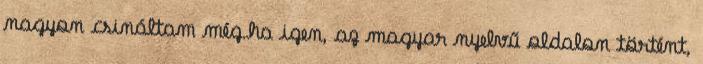
nagyon csináltam még.ha igen, az magyar nyelvű oldalon történt,